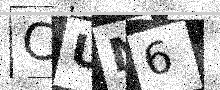
Text: CUN6